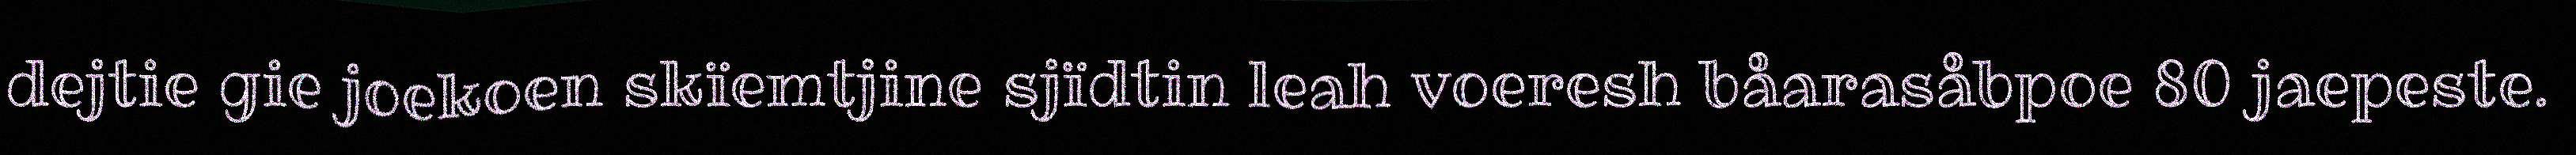
dejtie gie joekoen skïemtjine sjïdtin leah voeresh båarasåbpoe 80 jaepeste.